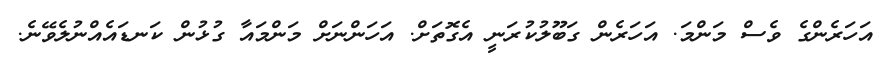
އަހަރެންގެ ވެސް މަންމަ. އަހަރެން ގަބޫލުކުރަނީ އެގޮތަށް. އަހަންނަށް މަންމައާ ގުޅުން ކަނޑައެއްނުލެވޭނެ.